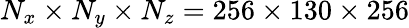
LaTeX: N_{x}\times N_{y}\times N_{z}=256\times 130\times 256